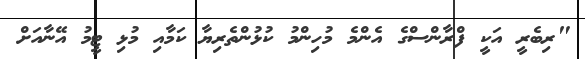
"ރިބެރީ އަކީ ފްރާންސްގެ އެންމެ މުހިންމު ކުޅުންތެރިޔާ ކަމާއި މުޅި ޓީމު އޭނާއަށް